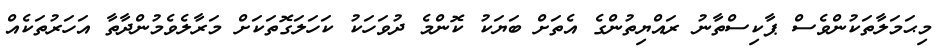
މިޙަމަލާތަކުންވެސް ޕާކިސްތާނު ރައްޔިތުންގެ އެތަށް ބަޔަކު ކޮންމެ ދުވަަހަކު ކަހަލަގޮތަކަށް މަރާލެވެމުންދާތާ އަހަރުތަކެއް